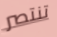
تنتصر